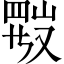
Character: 𱜂